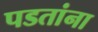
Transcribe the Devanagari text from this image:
पडतांना